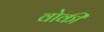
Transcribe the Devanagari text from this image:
वोकी